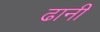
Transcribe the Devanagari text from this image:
ढानी